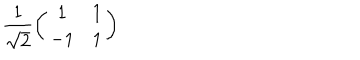
LaTeX: \frac { 1 } { \sqrt { 2 } } \left( \begin{array} { c c } { { 1 } } & { { 1 } } \\ { { - 1 } } & { { 1 } } \\ \end{array} \right)